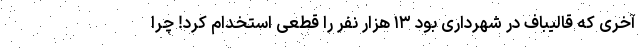
آخری که قالیباف در شهرداری بود ۱۳ هزار نفر را قطعی استخدام کرد! چرا